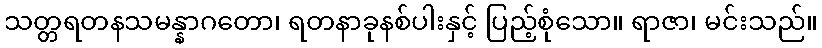
သတ္တရတနသမန္နာဂတော၊ ရတနာခုနစ်ပါးနှင့် ပြည့်စုံသော။ ရာဇာ၊ မင်းသည်။